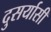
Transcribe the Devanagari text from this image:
दुसर्यासी